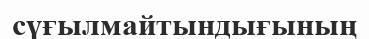
сүғылмайтындығының